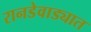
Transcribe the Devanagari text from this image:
रानडेवाड्यात